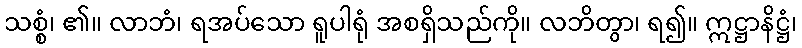
သစ္စံ၊ ၏။ လာဘံ၊ ရအပ်သော ရူပါရုံ အစရှိသည်ကို။ လဘိတွာ၊ ရ၍။ ဣဋ္ဌာနိဋ္ဌံ၊